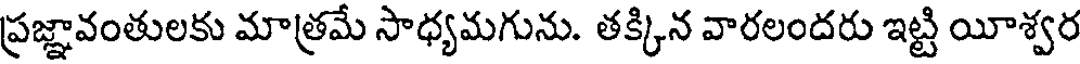
ప్రజ్ఞావంతులకు మాత్రమే సాధ్యమగును. తక్కిన వారలందరు ఇట్టి యీశ్వర